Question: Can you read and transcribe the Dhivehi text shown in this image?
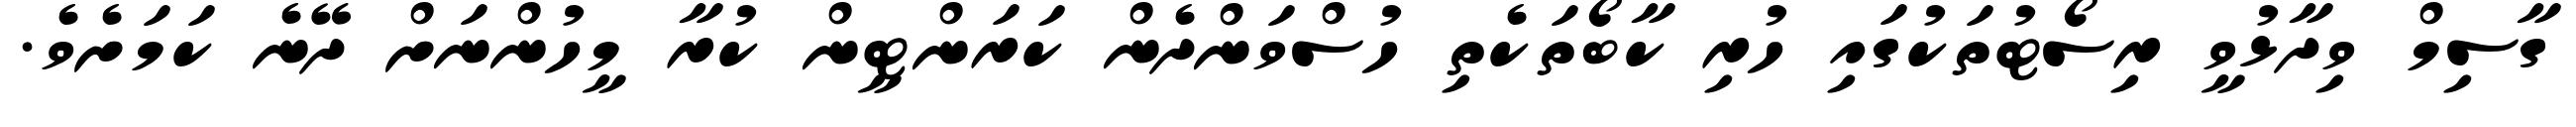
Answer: ގާސިމް ވިދާޅުވީ ރިސޯޓުތަކުގައި ހުރި ކާބޯތަކެތި ހުސްވަންދެން ކަރަންޓީން ކުރާ މީހުންނަށް ދޭނެ ކަމަށެވެ.